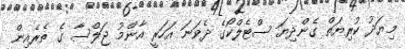
މިޔަދު ކުރިޔަތް ގެންދިޔަ ސްޓެލްކޯގެ ދެވަނަ އަހަރީ އާންމު ޖަލްސާ ގެ ތެރެއިން